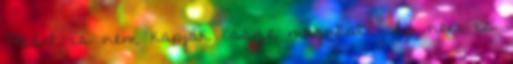
Miért is nem kapják össze magukat? Az nem is